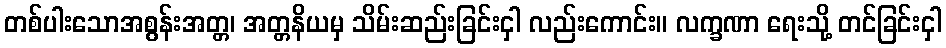
တစ်ပါးသောအစွန်းအတ္တ၊ အတ္တနိယမှ သိမ်းဆည်းခြင်းငှါ လည်းကောင်း။ လက္ခဏာ ရေးသို့ တင်ခြင်းငှါ